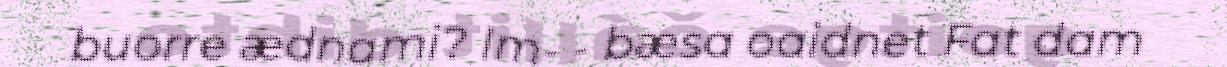
buorre ædnami? Im- - bæsa oaidnet Fat dam